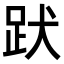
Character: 𧿡